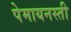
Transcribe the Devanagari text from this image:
पेमायनस्‍ती